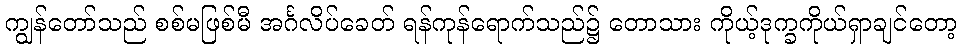
ကျွန်တော်သည် စစ်မဖြစ်မီ အင်္ဂလိပ်ခေတ် ရန်ကုန်ရောက်သည်၌ တောသား ကိုယ့်ဒုက္ခကိုယ်ရှာချင်တော့